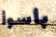
بأسوأ